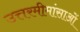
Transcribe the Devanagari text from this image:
उत्तरमीमांसाओं